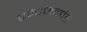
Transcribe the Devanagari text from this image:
प्रजाजनांत